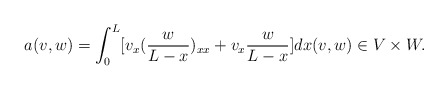
\begin{align*}a(v,w) = \int_0^L [v_x ( \frac{w}{L-x} )_{xx} + v_x\frac{w}{L-x} ]dx(v,w)\in V\times W. \end{align*}